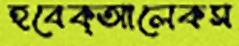
হবেক্আলেকস